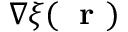
\nabla \xi ( \mathrm { ~ \bf ~ r ~ } )